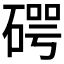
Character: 𥔲